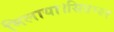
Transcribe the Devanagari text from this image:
मिलाया।सितम्बर